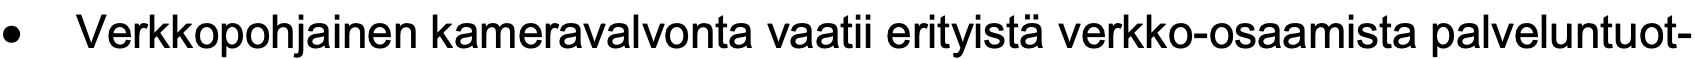
•  Verkkopohjainen kameravalvonta vaatii erityistä verkko-osaamista palveluntuot-